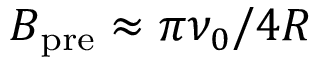
B _ { \mathrm { p r e } } \approx \pi \nu _ { 0 } / 4 R